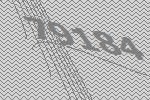
79184